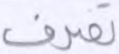
تصرف